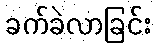
ခက်ခဲလာခြင်း